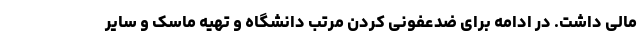
مالی داشت. در ادامه برای ضدعفونی کردن مرتب دانشگاه و تهیه ماسک و سایر